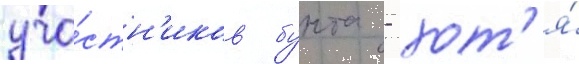
уча́стн'иков бунта - хот'я́